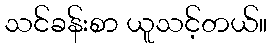
သင်ခန်းစာ ယူသင့်တယ်။